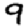
Digit: 9